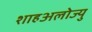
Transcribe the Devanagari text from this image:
शाहअलोज्यु